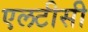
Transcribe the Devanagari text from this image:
एलटीसी